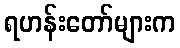
ရဟန်းတော်များက